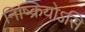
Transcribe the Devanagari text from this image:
निष्क्रियोऽसि